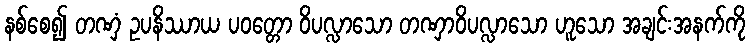
နစ်စေ၍ တဏှံ ဥပနိဿာယ ပဝတ္တော ဝိပလ္လာသော တဏှာဝိပလ္လာသော ဟူသော အချင်းအနက်ကို